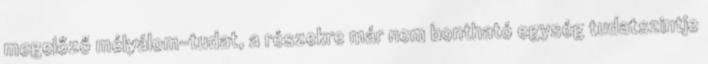
megelőző mélyálom-tudat, a részekre már nem bontható egység tudatszintje